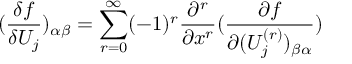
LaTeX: ( \frac { \delta f } { \delta U _ { j } } ) _ { \alpha \beta } = \sum _ { r = 0 } ^ { \infty } ( - 1 ) ^ { r } \frac { \partial ^ { r } } { \partial x ^ { r } } ( \frac { \partial f } { \partial ( U _ { j } ^ { ( r ) } ) _ { \beta \alpha } } )